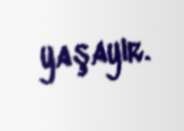
yaşayır.